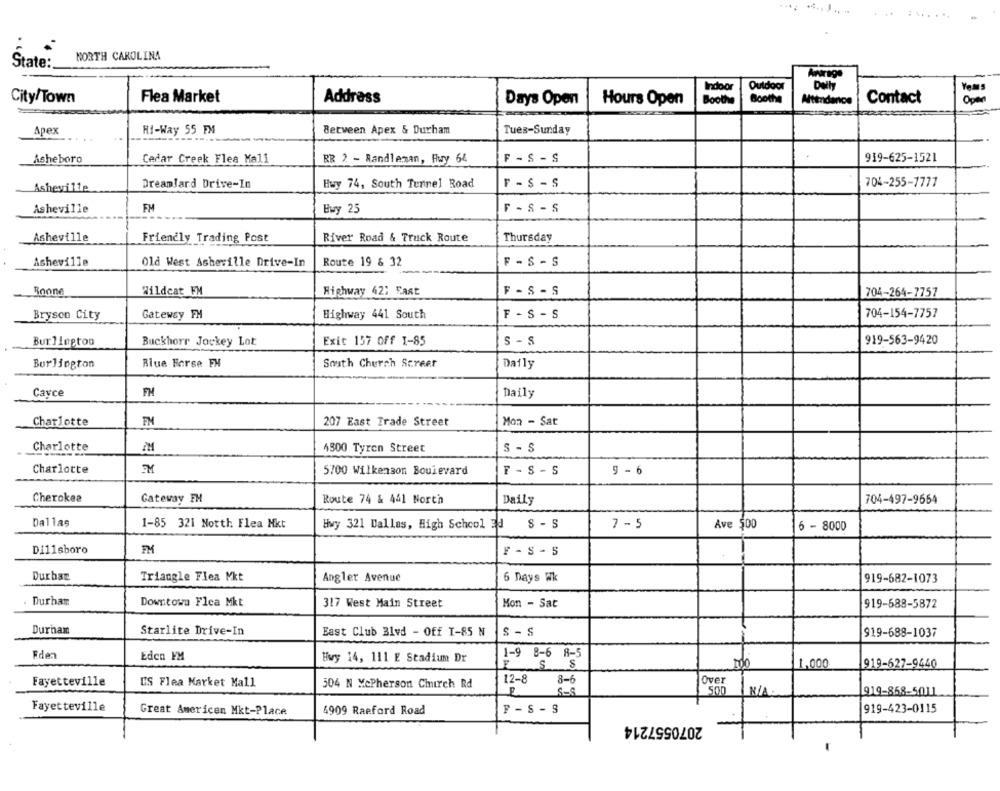
State:
NORTH CAROLINA
Apartga
Indoor
Outdoor
Daily
City/Town
Flea Market
Address
Days Open
Hours Open
Boothe
Boothe
Atendance
Contact
Open
Apex
Hi-Way 55 FM
Between Apex & Durham
Tues-Sunday
Asheboro
BR 2 - Randleman, Hwy 66
919-625-1521
Cedar Creek Flea Mall
F - S- S
Dreamlard Drive-In
Asheville
Hwy 74, South Tunnel Road
F - s - s
704-255-1777
FM
Asheville
Ewy 25
F - S- S
Thursday
Asheville
Friendly Trading Post
River Road & Truck Route
Route 19 & 32
F - S - S
Asheville
Old West Asheville Drive-In
Boom
Wildcat FM
Highway 42; Fast
F - S- S
704-264-7757
Bryson City
Gateway FH
Highway 441 South
F - S - S
704-154-7757
919-563-9420
Bur Heptoo
Buckhorr Jockey Lot
Exit 157 off I-85
s - s
Burlington
Blue Forse FH
South Church Street
Daily
Cayce
FH
Daily
Charlotte
FM
207 East Trade Street
Mon - Sat
Charlotte
4300 Tyren Street
s - $
Charlotte
5700 Wilkenson Boulevard
F - S - S
9 - 6
Cherokee
Gateway FM
Route 74 & 441 North
Daily
704-497-9664
Dallas
1-85 321 Notth Flea Mkt
Hwy 321 Dallas, High School J S - S
7-5
Ave $00
6 - 8000
Di11sboro
FM
F - s - 5
Durbar
Triangle Flea Mkt
Angler Avenue
6 Days Wk
919-682-1073
Durham
Downtown Flea Mkt
317 West Main Street
Mon - Sat
919-688-5872
Durham
Starlite Drive-In
East Club Blvd - Off I-85 N
S - S
919-688-1037
Fden
Eden FM
1-9 8-6 8-5
Hwy 14, 111 E Stadium Dr
S &
MO
1.000
919-627-9440
12-8
8-6
Over
Fayetteville
US Flea Market Mall
504 N McPherson Church Rd
919-868-5011
Fayetteville
Great Americen Mkt-Place
4909 Raeford Road
F-S- S
919-423-0115
2070557214